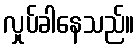
လှုပ်ခါနေသည်။